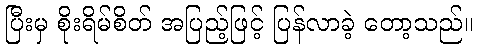
ပြီးမှ စိုးရိမ်စိတ် အပြည့်ဖြင့် ပြန်လာခဲ့ တော့သည်။